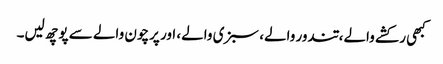
کبھی رکشے والے، تندور والے، سبزی والے، اور پرچون والے سے پوچھ لیں۔